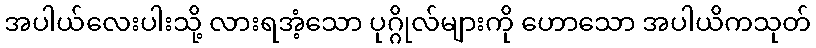
အပါယ်လေးပါးသို့ လားရအံ့သော ပုဂ္ဂိုလ်များကို ဟောသော အပါယိကသုတ်